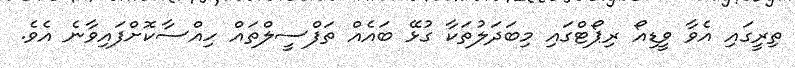
ތިރީގައި އެވާ ވީޑިއޯ ރިޕޯޓްގައި މިބަދަލުތަކާ ގުޅޭ ބައެއް ތަފްސީލްތައް ހިއްސާކޮށްފައިވާނެ އެވެ.